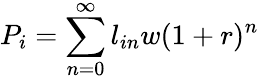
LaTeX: P_{i}=\sum_{n=0}^{\infty}l_{in}w{(1+r)^{n}}